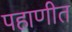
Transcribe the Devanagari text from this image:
पहाणीत